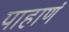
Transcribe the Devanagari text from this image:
पाहाणं